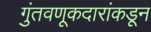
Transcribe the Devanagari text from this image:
गुंतवणूकदारांकडून